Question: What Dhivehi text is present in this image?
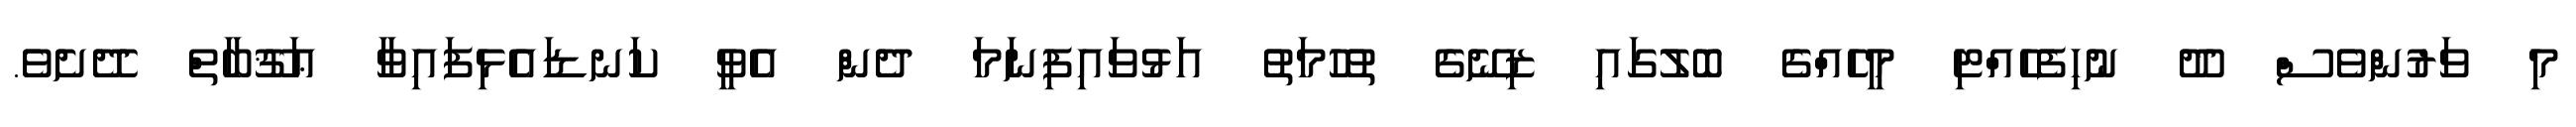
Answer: މި ވަރުންވެސް ދޫ ނުހިފެހެއްޓި މީހެއްގެ ބޮލުގައި ޒިނޭގެ ތުހުމަތު އަޅުވައިފިނަމަ ދެން އެވީ ކަނޑައެޅިފައިވާ ޢަޤޫބާތް ދޭށެވެ.